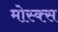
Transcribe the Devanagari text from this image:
मोस्क्स